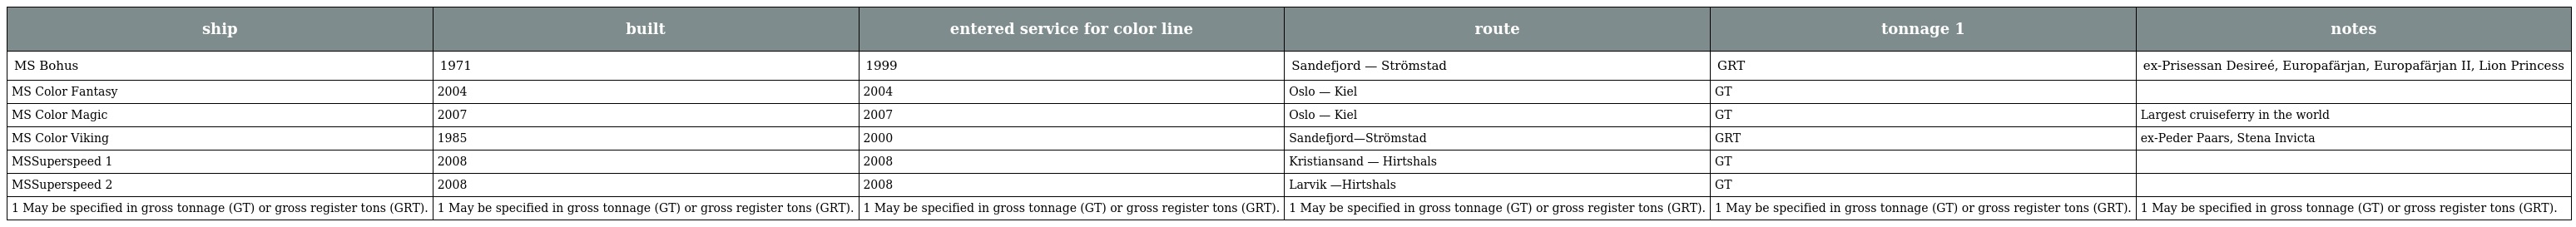
| ship | built | entered service for color line | route | tonnage 1 | notes |
 | --- | --- | --- | --- | --- | --- |
 | MS Bohus | 1971 | 1999 | Sandefjord — Strömstad | GRT | ex-Prisessan Desireé, Europafärjan, Europafärjan II, Lion Princess |
 | MS Color Fantasy | 2004 | 2004 | Oslo — Kiel | GT |  |
 | MS Color Magic | 2007 | 2007 | Oslo — Kiel | GT | Largest cruiseferry in the world |
 | MS Color Viking | 1985 | 2000 | Sandefjord—Strömstad | GRT | ex-Peder Paars, Stena Invicta |
 | MSSuperspeed 1 | 2008 | 2008 | Kristiansand — Hirtshals | GT |  |
 | MSSuperspeed 2 | 2008 | 2008 | Larvik —Hirtshals | GT |  |
 | 1 May be specified in gross tonnage (GT) or gross register tons (GRT). | 1 May be specified in gross tonnage (GT) or gross register tons (GRT). | 1 May be specified in gross tonnage (GT) or gross register tons (GRT). | 1 May be specified in gross tonnage (GT) or gross register tons (GRT). | 1 May be specified in gross tonnage (GT) or gross register tons (GRT). | 1 May be specified in gross tonnage (GT) or gross register tons (GRT). |